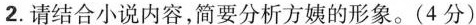
2.请结合小说内容，简要分析方姨的形象。(4分)